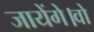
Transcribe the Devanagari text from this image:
जायेंगे।वो